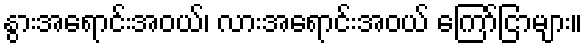
နွားအရောင်းအဝယ်၊ လားအရောင်းအဝယ် ကြော်ငြာများ။